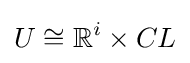
U\cong \mathbb {R} ^{i}\times CL